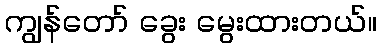
ကျွန်တော် ခွေး မွေးထားတယ်။